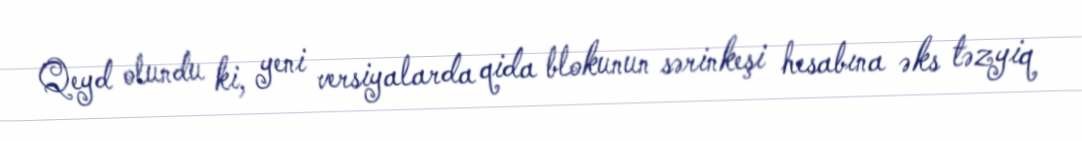
Qeyd olundu ki, yeni versiyalarda qida blokunun sərinkeşi hesabına əks təzyiq